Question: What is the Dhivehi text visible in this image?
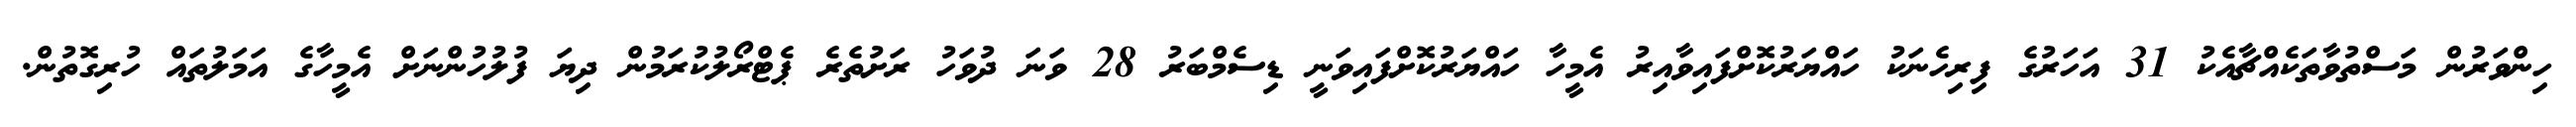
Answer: ހިންވަރުން މަސްތުވާތަކެއްޗާއެކު 31 އަހަރުގެ ފިރިހެނަކު ހައްޔަރުކޮށްފައިވާއިރު އެމީހާ ހައްޔަރުކޮށްފައިވަނީ ޑިސެމްބަރު 28 ވަނަ ދުވަހު ރަށުތެރެ ޕެޓްރޯލުކުރަމުން ދިޔަ ފުލުހުންނަށް އެމީހާގެ އަމަލުތައް ހުރިގޮތުން.